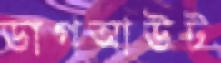
ডাগআউট